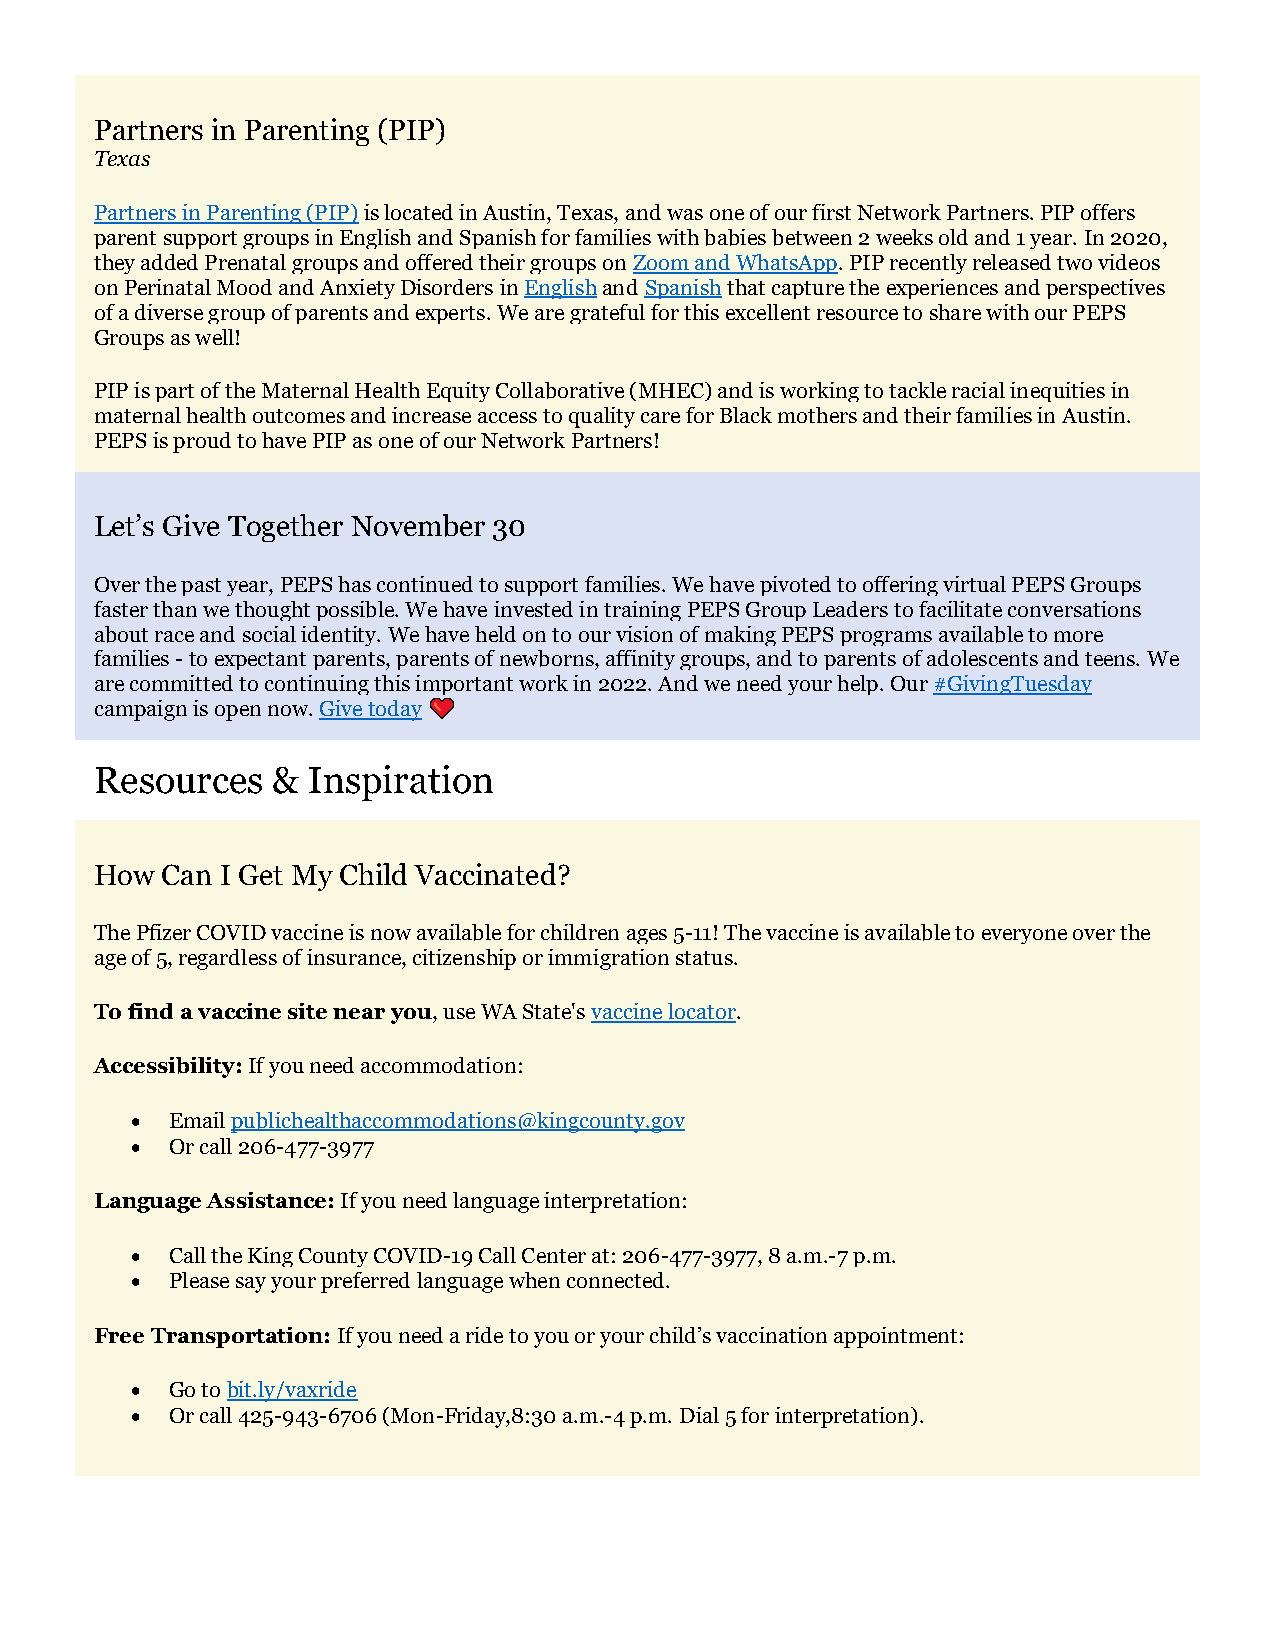
Partners in Parenting (PIP)
 Texas
 Partners in Parenting (PIP) is located in Austin, Texas, and was one of our first Network Partners. PIP offers
 parent support groups in English and Spanish for families with babies between 2 weeks old and 1 year. In 2020,
 they added Prenatal groups and offered their groups on Zoom and WhatsApp. PIP recently released two videos
 on Perinatal Mood and Anxiety Disorders in English and Spanish that capture the experiences and perspectives
 of a diverse group of parents and experts. We are grateful for this excellent resource to share with our PEPS
 Groups as well!
 PIP is part of the Maternal Health Equity Collaborative (MHEC) and is working to tackle racial inequities in
 maternal health outcomes and increase access to quality care for Black mothers and their families in Austin.
 PEPS is proud to have PIP as one of our Network Partners!
 Let’s Give Together November 30
 Over the past year, PEPS has continued to support families. We have pivoted to offering virtual PEPS Groups
 faster than we thought possible. We have invested in training PEPS Group Leaders to facilitate conversations
 about race and social identity. We have held on to our vision of making PEPS programs available to more
 families - to expectant parents, parents of newborns, affinity groups, and to parents of adolescents and teens. We
 are committed to continuing this important work in 2022. And we need your help. Our #GivingTuesday
 campaign is open now. Give today
 Resources   & Inspiration
 How  Can I Get My Child Vaccinated?
 The Pfizer COVID vaccine is now available for children ages 5-11! The vaccine is available to everyone over the
 age of 5, regardless of insurance, citizenship or immigration status.
 To find a vaccine site near you, use WA State's vaccine locator.
 Accessibility: If you need accommodation:
 • Email publichealthaccommodations@kingcounty.gov
 • Or call 206-477-3977
 Language Assistance: If you need language interpretation:
 • Call the King County COVID-19 Call Center at: 206-477-3977, 8 a.m.-7 p.m.
 • Please say your preferred language when connected.
 Free Transportation: If you need a ride to you or your child’s vaccination appointment:
 • Go to bit.ly/vaxride
 • Or call 425-943-6706 (Mon-Friday,8:30 a.m.-4 p.m. Dial 5 for interpretation).